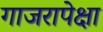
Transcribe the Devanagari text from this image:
गाजरापेक्षा